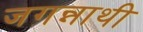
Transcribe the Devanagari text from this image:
जगन्नाथी